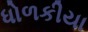
ધોળકીયા